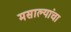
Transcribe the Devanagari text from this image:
मसाल्यांचा